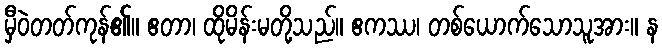
မှီဝဲတတ်ကုန်၏။ ဧတာ၊ ထိုမိန်းမတို့သည်။ ဧကဿ၊ တစ်ယောက်သောသူအား။ န